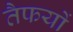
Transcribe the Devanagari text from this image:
तैफयों